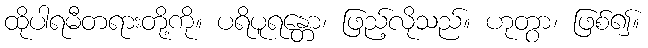
ထိုပါရမီတရားတို့ကို။ ပရိပူရန္တော၊ ဖြည့်လိုသည်။ ဟုတွာ၊ ဖြစ်၍။